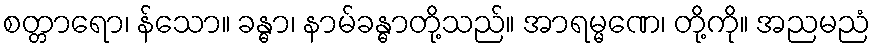
စတ္တာရော၊ န်သော။ ခန္ဓာ၊ နာမ်ခန္ဓာတို့သည်။ အာရမ္မဏေ၊ တို့ကို။ အညမညံ